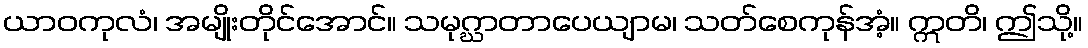
ယာဝကုလံ၊ အမျိုးတိုင်အောင်။ သမုဂ္ဃာတာပေယျာမ၊ သတ်စေကုန်အံ့။ ဣတိ၊ ဤသို့။